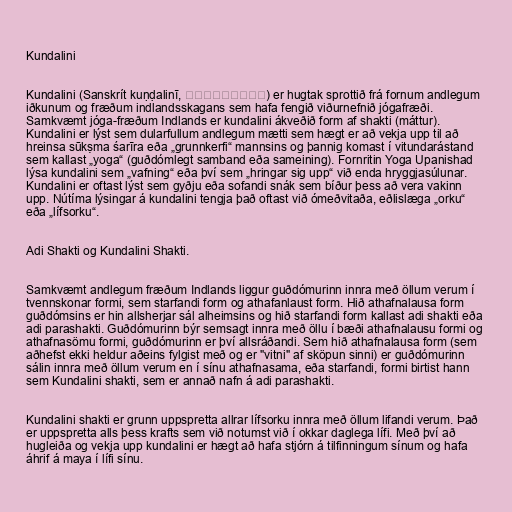
Kundalini

Kundalini (Sanskrít kuṇḍalinī, कुण्डलिनी) er hugtak sprottið frá fornum andlegum
iðkunum og fræðum indlandsskagans sem hafa fengið viðurnefnið jógafræði.
Samkvæmt jóga-fræðum Indlands er kundalini ákveðið form af shakti (máttur).
Kundalini er lýst sem dularfullum andlegum mætti sem hægt er að vekja upp til að
hreinsa sūkṣma śarīra eða „grunnkerfi“ mannsins og þannig komast í vitundarástand
sem kallast „yoga“ (guðdómlegt samband eða sameining). Fornritin Yoga Upanishad
lýsa kundalini sem „vafning“ eða því sem „hringar sig upp“ við enda hryggjasúlunar.
Kundalini er oftast lýst sem gyðju eða sofandi snák sem bíður þess að vera vakinn
upp. Nútíma lýsingar á kundalini tengja það oftast við ómeðvitaða, eðlislæga „orku“
eða „lífsorku“.

Adi Shakti og Kundalini Shakti.

Samkvæmt andlegum fræðum Indlands liggur guðdómurinn innra með öllum verum í
tvennskonar formi, sem starfandi form og athafanlaust form. Hið athafnalausa form
guðdómsins er hin allsherjar sál alheimsins og hið starfandi form kallast adi shakti eða
adi parashakti. Guðdómurinn býr semsagt innra með öllu í bæði athafnalausu formi og
athafnasömu formi, guðdómurinn er því allsráðandi. Sem hið athafnalausa form (sem
aðhefst ekki heldur aðeins fylgist með og er "vitni" af sköpun sinni) er guðdómurinn
sálin innra með öllum verum en í sínu athafnasama, eða starfandi, formi birtist hann
sem Kundalini shakti, sem er annað nafn á adi parashakti.

Kundalini shakti er grunn uppspretta allrar lífsorku innra með öllum lifandi verum. Það
er uppspretta alls þess krafts sem við notumst við í okkar daglega lífi. Með því að
hugleiða og vekja upp kundalini er hægt að hafa stjórn á tilfinningum sínum og hafa
áhrif á maya í lífi sínu.